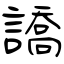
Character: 譑